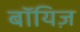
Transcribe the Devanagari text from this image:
बॉयिज़